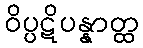
ဝိပ္ပဋိပန္နာတ္ထ